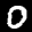
Digit: 0